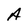
Character: A